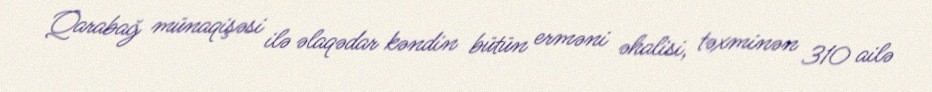
Qarabağ münaqişəsi ilə əlaqədar kəndin bütün erməni əhalisi, təxminən 310 ailə